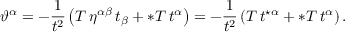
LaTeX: \vartheta ^ { \alpha } = - { \frac { 1 } { t ^ { 2 } } } \left( T \, \eta ^ { \alpha \beta } \, t _ { \beta } + \ast T \, t ^ { \alpha } \right) = - { \frac { 1 } { t ^ { 2 } } } \left( T \, t ^ { \star \alpha } + \ast T \, t ^ { \alpha } \right) .